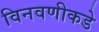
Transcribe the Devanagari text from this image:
विनवणीकडे